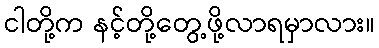
ငါတို့က နင့်တို့တွေ့ဖို့လာရမှာလား။